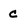
Character: c